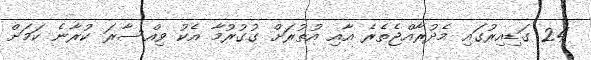
24 ގަޑިއިރުގައި މެދުރާއްޖެތެރެ އާއި އުތުރަށް ގުގުރުމާ އެކު ވިއްސާރަ ކުރާނެ ކަމަށް